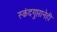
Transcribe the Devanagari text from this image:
स्कंदगुप्तानेही